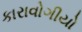
કારાવોગીયો